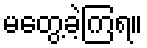
မတွေ့ခဲ့ကြရ။